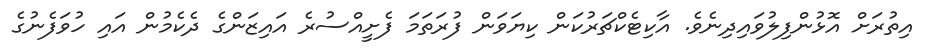
އިތުރަށް އޮޅުންފިލުވައިދިނެވެ. އާކިޓެކްޗަރުކަން ކިޔަވަން ފުރަތަމަ ފެށީއްސުރެ އައިޒަންގެ ދެކެމުން އައި ހުވަފެނުގެ